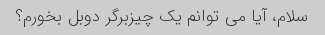
سلام، آیا می توانم یک چیزبرگر دوبل بخورم؟